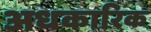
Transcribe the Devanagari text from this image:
अधकारिक